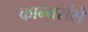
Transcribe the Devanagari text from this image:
कान्यसेंसे